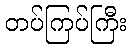
တပ်ကြပ်ကြီး